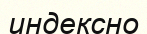
индексно